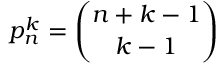
p _ { n } ^ { k } = { \binom { n + k - 1 } { k - 1 } }